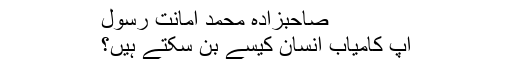
صاحبزادہ محمد امانت رسول
آپ کامیاب انسان کیسے بن سکتے ہیں؟